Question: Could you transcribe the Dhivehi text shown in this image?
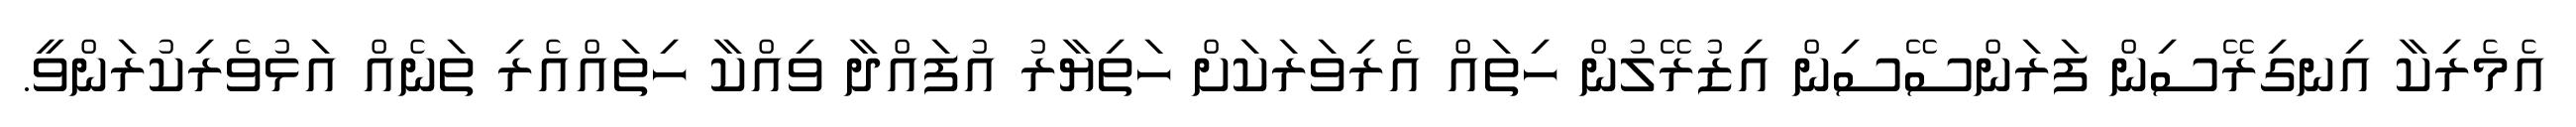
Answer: އެމެރިކާ އިނގިރޭސިން ފަރަންސޭސިން އިޒުރޭލުން ހިތައް އެރިވަރަކަށް ހަތިޔާރު އުފައްދާ ވިއްކާ ހިތައްއެރި ތަނެއް އަޅުވެރިކުރަންވީ.